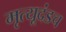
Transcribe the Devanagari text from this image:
मृत्यूदंडच